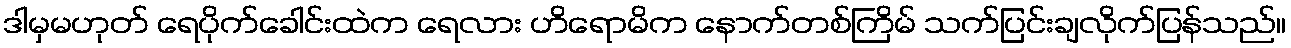
ဒါမှမဟုတ် ရေပိုက်ခေါင်းထဲက ရေလား ဟိရောမိက နောက်တစ်ကြိမ် သက်ပြင်းချလိုက်ပြန်သည်။